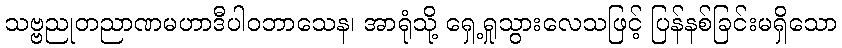
သဗ္ဗညုတညာဏမဟာဒီပါဝဘာသေန၊ အာရုံသို့ ရှေ့ရှုသွားလေသဖြင့် ပြန်နစ်ခြင်းမရှိသော